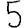
Digit: 5